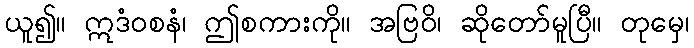
ယူ၍။ ဣဒံဝစနံ၊ ဤစကားကို။ အဗြဝိ၊ ဆိုတော်မူပြီ။ တုမှေ၊